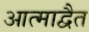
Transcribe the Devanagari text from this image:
आत्माद्वैत